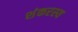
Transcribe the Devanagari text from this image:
शंकरस्य